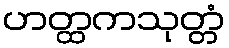
ဟတ္ထကသုတ္တံ